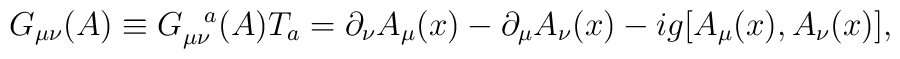
G_{\mu\nu}(A) \equiv   G_{\mu\nu}^{~~a}(A)T_{a} = \partial_{\nu}A_{\mu}(x) -\partial_{\mu}A_{\nu}(x) - ig[A_{\mu}(x), A_{\nu}(x)],